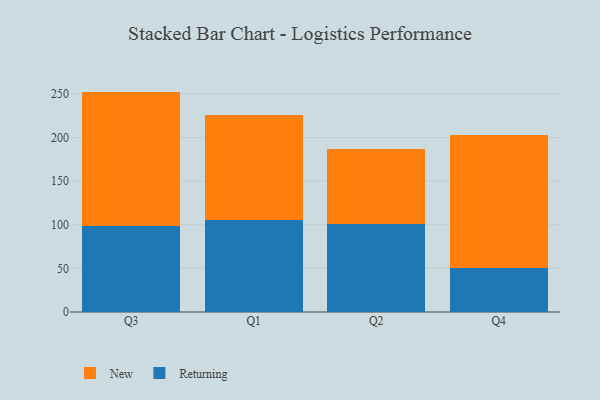
{"axis": {"x": "Quarter", "y": "Page Views"}, "legend": ["New", "Returning"], "data": [{"x": "Q3", "y": 98.3, "type": "Returning"}, {"x": "Q3", "y": 154.2, "type": "New"}, {"x": "Q1", "y": 105.2, "type": "Returning"}, {"x": "Q1", "y": 120.4, "type": "New"}, {"x": "Q2", "y": 100.6, "type": "Returning"}, {"x": "Q2", "y": 86.3, "type": "New"}, {"x": "Q4", "y": 49.9, "type": "Returning"}, {"x": "Q4", "y": 153.2, "type": "New"}]}